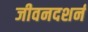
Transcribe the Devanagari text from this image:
जीवनदशर्न